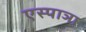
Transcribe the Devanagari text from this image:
एस्पाञा